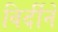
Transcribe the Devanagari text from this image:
विर्दीने